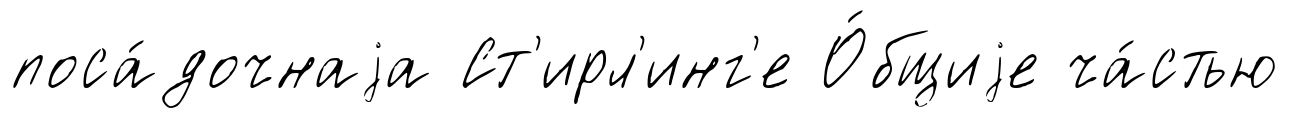
поса́дочнаjа Ст'ирл'инг'е О́бщиjе ча́стью